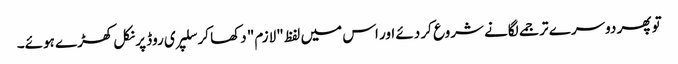
تو پھر دوسرے ترجمے لگانے شروع کر دئے اور اس میں لفظ "لازم" دکھا کر سلپری روڈ پر نکل کھڑے ہوئے۔